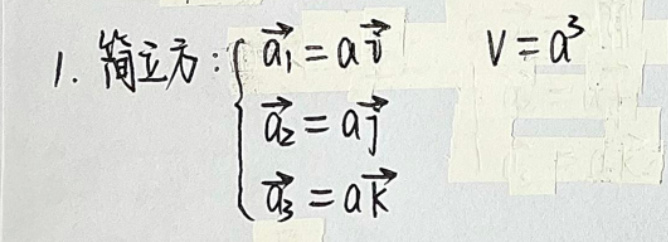
1. 简立方：
\[
\begin{cases}
\vec{a}_{1}=a\vec{i} &\\
\vec{a}_{2}=a\vec{j} &\\
\vec{a}_{3}=a\vec{k} &
\end{cases}
\quad
V = a^{3}
\]